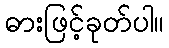
ဓားဖြင့်ခုတ်ပါ။